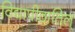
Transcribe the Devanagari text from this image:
विद्यापीठातिल्